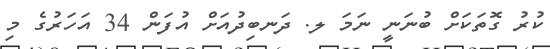
ކުރު ގޮތަކަށް ބުނަނީ ނަމަ ލ. ދަނބިދުއަށް އުފަން 34 އަހަރުގެ މި